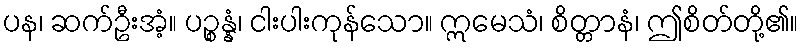
ပန၊ ဆက်ဦးအံ့။ ပဉ္စန္နံ၊ ငါးပါးကုန်သော။ ဣမေသံ၊ စိတ္တာနံ၊ ဤစိတ်တို့၏။